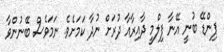
ޕިންޑޭ ބުނީ އޭނާ ފިލްމީ ދާއިރާއާ ދުރަށް ނުދާ ކަމަށެވެ. ނަމަވެސް ބޭނުންވާ